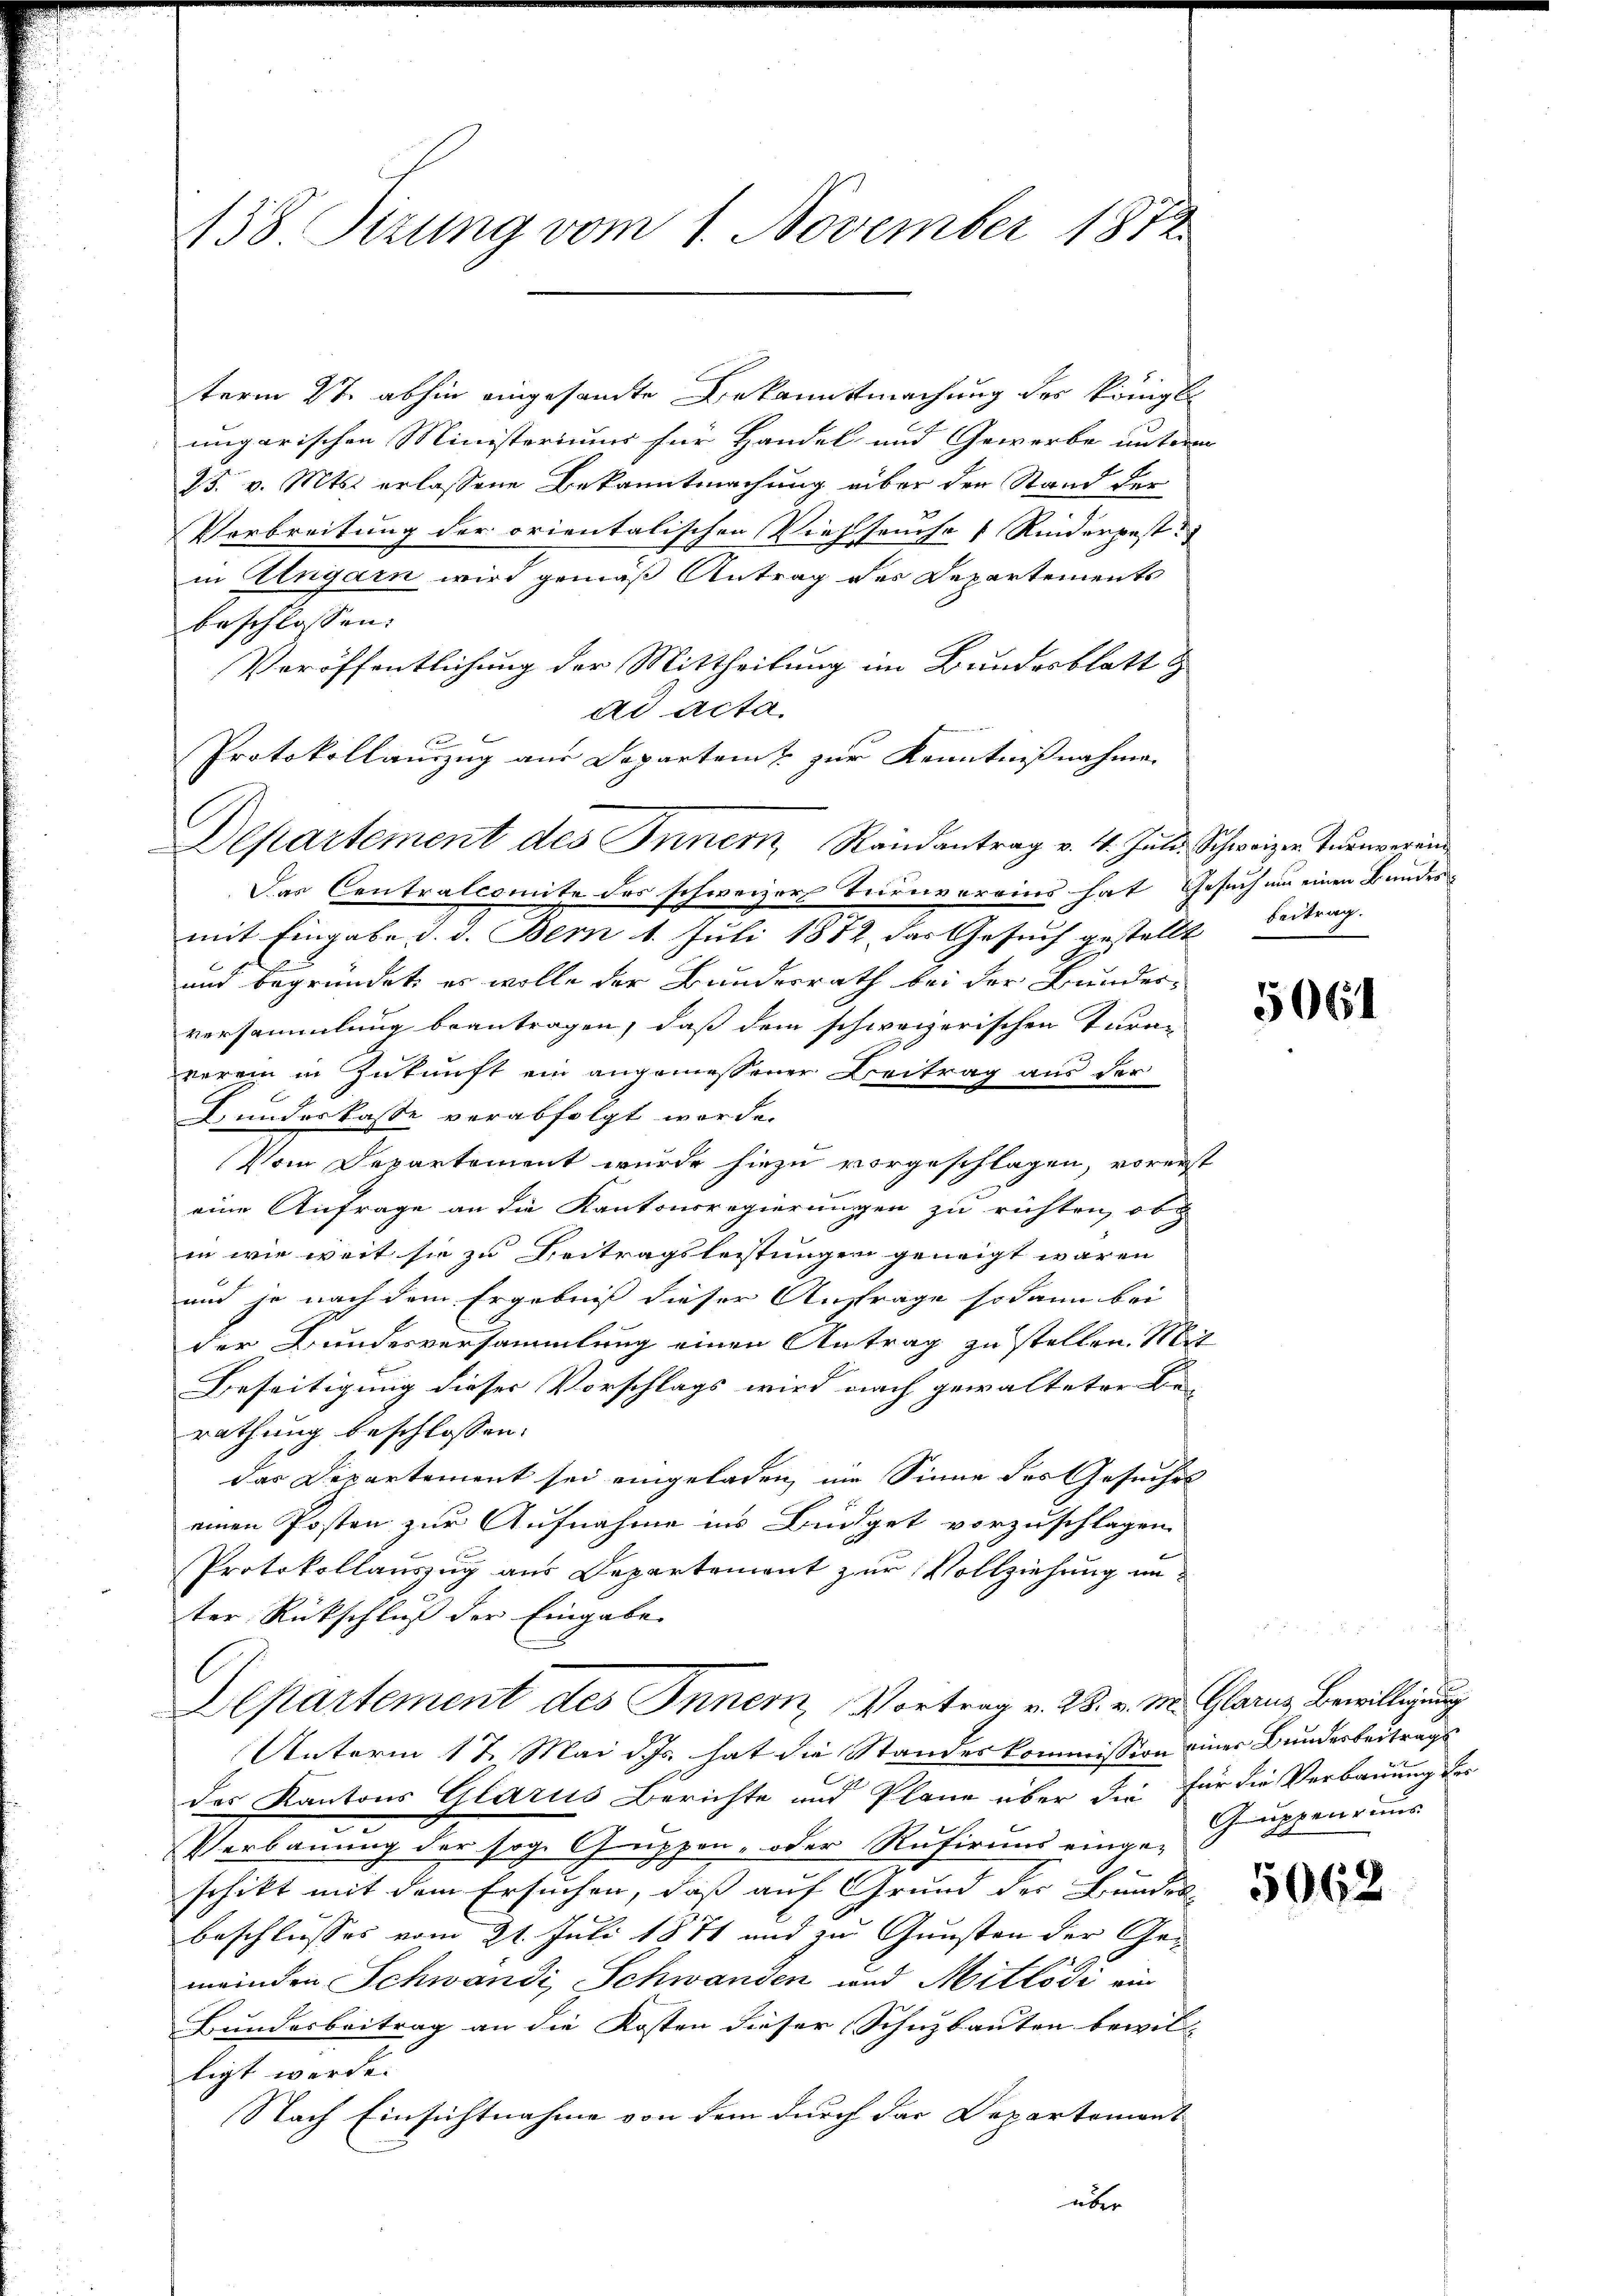
438. Sitzung vom 1. November 1872

term 27. abhin eingesandte Bekanntmachung des Königl.
ungarischen Ministeriums für Handel und Gewerbe unterm
25. v. Mts. erlassene Bekanntmachung über den Stand der
Verbreitung der orientalischen Viehseuche Rinderpest
in Ungarn wird gemäß Antrag des Departements
beschlossen:
Veröffentlichung der Mittheilung im Bundesblatt &
ad acta
Protokollauszug aus Departen & zur Kenntnißnahme.
Das Centralcomite des schweizers Turnvereins hat Gesuch um einen Bundes-
mit Eingabe d. d. Bern 1. Juli 1882, das Gesuch gestellt beitrag.
und begründet, es wolle der Bundesrath bei der Bundes-
versammlung beantragen, daß dem schweizerischen Turan
verein in Zukunft ein angemessener Beitrag aus der
L.undorkasse verabfolgt werde.
Vom Departement wurde hiezu vorgeschlagen, vorerst
eine Anfrage an die Kantonsregierungen zu richten, ob
en wie weit sie zu Beitragsleistungen geneigt waren
und je nach dem Ergebniß dieser Anfrage sodann bei
der Bundesversammlung einen Antrag zu stellen. Mit
Beseitigung dieser Vorschlags wird nach gewalteter Be-
rathung beschlossen:
das Departement sei eingeladen, im Sinne des Gesuches
einen Posten zur Aufnahme ins Büdget vorzuschlagen.
Protokollauszug aus Departement zur Vollziehung un
ter Rückschluß der Eingabe
l
Departement des Inner, Vortrag v. 28. v. M. Glarus Bewilligung
Unterm 17. Mai d. Js. hat die Standeskommission einer Bundesbeitrags
des Kantons Glarus Berichte und Pläne über die für die Verbauung der
Perbauung der sog. Guppen- oder Rufirung einge-
schikt mit dem Ersuchen, daß auf Grund der Bundes-
beschlusses vom 21. Juli 1871 und zu Gunsten der Gemeinden Schwandi, Schwanden und Mitlödi ein
Bundesbeitrag an die Kosten dieser Schuzbauten bewil- |
ligt werde.
Nach Einsichtnahme von dem durch das Departemont
über

C

Departement des Innern, Randantrag v. 4. Juli Schweizer Inenverein

5061

Guppenruns

5062